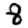
Digit: 8